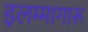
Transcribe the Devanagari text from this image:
इलम्मागारू